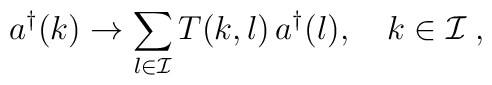
a^{\dagger}(k) \to\sum\limits_{l \in {\cal I}}T(k,l)\,a^{\dagger}(l),\quad k \in {\cal I}\;,